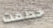
حطمت